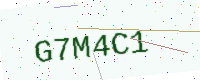
Text: G7M4C1